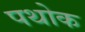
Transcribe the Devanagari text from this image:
पथोक